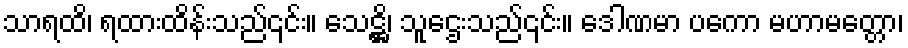
သာရထိ၊ ရထားထိန်းသည်၎င်း။ သေဋ္ဌိ၊ သူဌေးသည်၎င်း။ ဒေါဏမာ ပကော မဟာမတ္တော၊